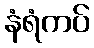
နံရံကပ်